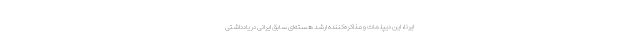
ایرنا، این دیپلمات و مذاکره‌کننده ارشد هسته‌ای سابق ایرانی در یادداشتی